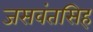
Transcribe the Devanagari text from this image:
जसवंतसिह